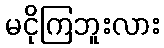
မငိုကြဘူးလား